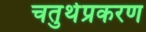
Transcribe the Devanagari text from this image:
चतुर्थप्रकरण